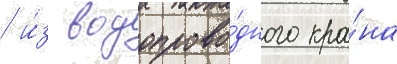
/ и́з водопрово́дного кра́на